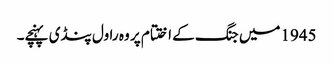
1945میں جنگ کے اختتام پر وہ راول پنڈی پہنچے۔